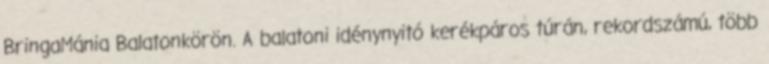
BringaMánia Balatonkörön. A balatoni idénynyitó kerékpáros túrán, rekordszámú, több